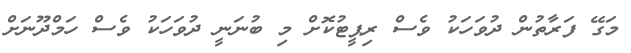
މަގޭ ފަރާތުން ދުވަހަކު ވެސް ރިޕީޓުކޮށް މި ބުނަނީ ދުވަހަކު ވެސް ހަމްދޫނަށް